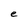
Character: e